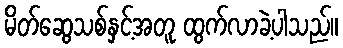
မိတ်ဆွေသစ်နှင့်အတူ ထွက်လာခဲ့ပါသည်။